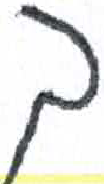
אות: ך